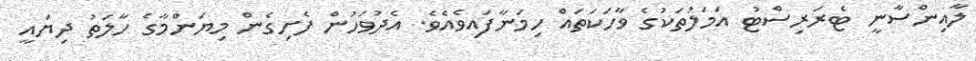
ލާއިންސާނީ ޓެރަރިސްޓު އަމަލުތަކުގެ ވާހަކަތައް ހިމަނާފައިވެއެވެ. އެދުވަހުން ފެށިގެން މިޔަންމާގެ ހާލަތު ދިޔައީ